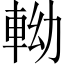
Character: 軪